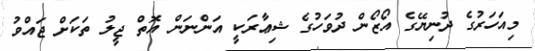
މިއަހަރުގެ ދުނިޔޭގެ އޯޒޯން ދުވަހުގެ ޝިޢާރަކީ އަންނަން އޮތް ޖީލު ތަކަށް ޖައްވު